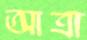
আত্রা